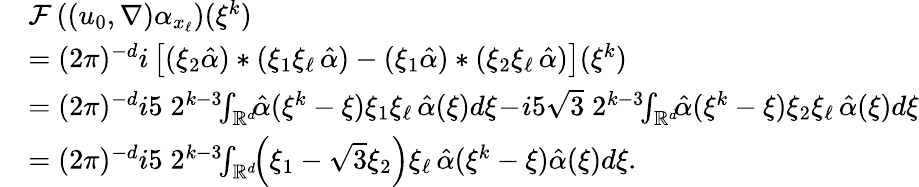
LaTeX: \begin{array}{rl}&{\mathcal{F}\left((u_{0},\nabla)\alpha_{x_{\ell}}\right)(\xi^{k})}\\ &{=(2\pi)^{-d}i\left[(\xi_{2}\hat{\alpha})*(\xi_{1}\xi_{\ell}\, \hat{\alpha})-(\xi_{1}\hat{\alpha})*(\xi_{2}\xi_{\ell}\, \hat{\alpha})\right](\xi^{k})}\\ &{=(2\pi)^{-d}i5\; 2^{k-3}\! \! \int_{\mathbb{R}^{d}}\! \! \hat{\alpha}(\xi^{k}-\xi)\xi_{1}\xi_{\ell}\, \hat{\alpha}(\xi)d\xi\! -\! i5\sqrt{3}\; 2^{k-3}\! \! \int_{\mathbb{R}^{d}}\! \! \hat{\alpha}(\xi^{k}-\xi)\xi_{2}\xi_{\ell}\, \hat{\alpha}(\xi)d\xi}\\ &{=(2\pi)^{-d}i5\; 2^{k-3}\! \! \int_{\mathbb{R}^{d}}\! \! \left(\xi_{1}-\sqrt{3}\xi_{2}\right)\xi_{\ell}\, \hat{\alpha}(\xi^{k}-\xi)\hat{\alpha}(\xi)d\xi.}\end{array}